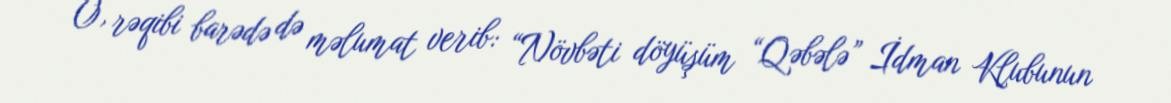
O, rəqibi barədə də məlumat verib: “Növbəti döyüşüm “Qəbələ” İdman Klubunun